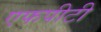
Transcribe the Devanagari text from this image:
एफपीटी